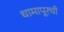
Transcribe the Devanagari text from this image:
धामापूरची